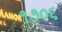
૧૭૦૬